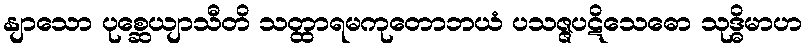
နျာသော ပုစ္ဆေယျာသီတိ သတ္ထာရမကုတောဘယံ ပသဇ္ဇပဋိသေဓော သုဒ္ဓိမာဟ